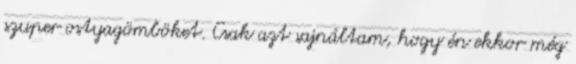
szuper ostyagömböket. Csak azt sajnáltam, hogy én ekkor még